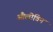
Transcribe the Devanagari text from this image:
औलीविन